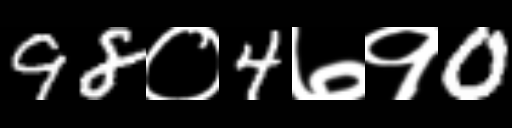
Text: 98०4७१0